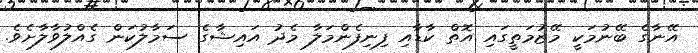
އޭނާގެ ބޭނުމަކީ މޭޒުމަތީގައި އޮތް ކާޑާއި ފިނިފެންމަލާ މެދު އައިޝާގެ ސަމާލުކަން ގެއްލުވާލާށެވެ.